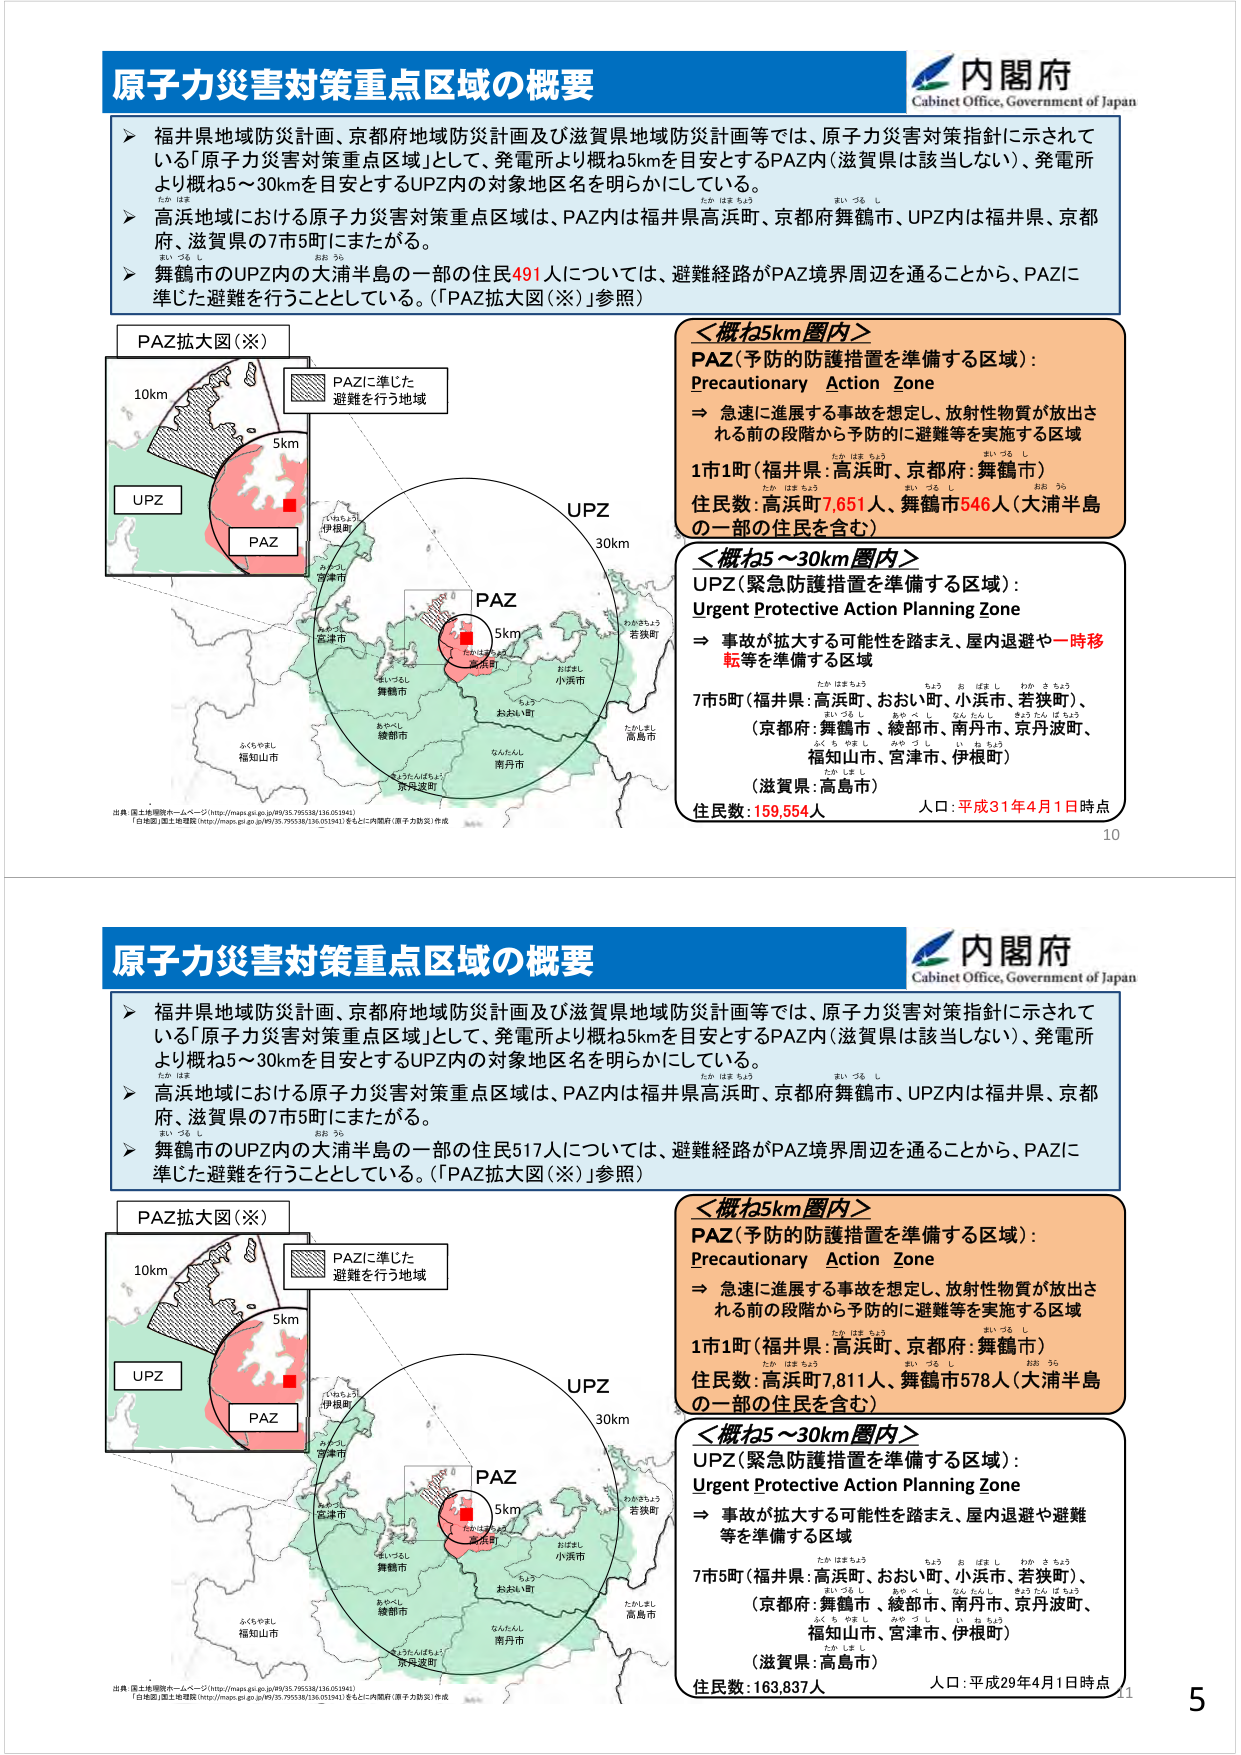
原子力災害対策重点区域の概要
内閣府
Cabinet Office, Government of Japan
▶ 福井県地域防災計画、京都府地域防災計画及び滋賀県地域防災計画等では、原子力災害対策指針に示されて
いる「原子力災害対策重点区域」として、発電所より概ね5kmを目安とするPAZ内（滋賀県は該当しない）、発電所
より概ね5～30kmを目安とするUPZ内の対象地区名を明らかにしている。
▶ 高浜地域における原子力災害対策重点区域は、PAZ内は福井県高浜町、京都府舞鶴市、UPZ内は福井県、京都
府、滋賀県の7市5町にまたがる。
▶ 舞鶴市のUPZ内の大浦半島の一部の住民491人については、避難経路がPAZ境界周辺を通ることから、PAZに
準じた避難を行うこととしている。（「PAZ拡大図（※）」参照）
PAZ拡大図（※）
PAZに準じた
避難を行う地域
10km
5km
UPZ
PAZ
＜概ね5km圏内＞
PAZ（予防的防護措置を準備する区域）：
Precautionary Action Zone
⇒ 急速に進展する事故を想定し、放射性物質が放出さ
れる前の段階から予防的に避難等を実施する区域
1市1町（福井県：高浜町、京都府：舞鶴市）
住民数：高浜町7,651人、舞鶴市546人（大浦半島
の一部の住民を含む）
＜概ね5～30km圏内＞
UPZ（緊急防護措置を準備する区域）：
Urgent Protective Action Planning Zone
⇒ 事故が拡大する可能性を踏まえ、屋内退避や一時移
転等を準備する区域
7市5町（福井県：高浜町、おおい町、小浜市、若狭町）、
（京都府：舞鶴市、綾部市、南丹市、京丹波町、
福知山市、宮津市、伊根町）
（滋賀県：高島市）
住民数：159,554人
人口：平成31年4月1日時点
10
原子力災害対策重点区域の概要
内閣府
Cabinet Office, Government of Japan
▶ 福井県地域防災計画、京都府地域防災計画及び滋賀県地域防災計画等では、原子力災害対策指針に示されて
いる「原子力災害対策重点区域」として、発電所より概ね5kmを目安とするPAZ内（滋賀県は該当しない）、発電所
より概ね5～30kmを目安とするUPZ内の対象地区名を明らかにしている。
▶ 高浜地域における原子力災害対策重点区域は、PAZ内は福井県高浜町、京都府舞鶴市、UPZ内は福井県、京都
府、滋賀県の7市5町にまたがる。
▶ 舞鶴市のUPZ内の大浦半島の一部の住民517人については、避難経路がPAZ境界周辺を通ることから、PAZに
準じた避難を行うこととしている。（「PAZ拡大図（※）」参照）
PAZ拡大図（※）
PAZに準じた
避難を行う地域
10km
5km
UPZ
PAZ
＜概ね5km圏内＞
PAZ（予防的防護措置を準備する区域）：
Precautionary Action Zone
⇒ 急速に進展する事故を想定し、放射性物質が放出さ
れる前の段階から予防的に避難等を実施する区域
1市1町（福井県：高浜町、京都府：舞鶴市）
住民数：高浜町7,811人、舞鶴市578人（大浦半島
の一部の住民を含む）
＜概ね5～30km圏内＞
UPZ（緊急防護措置を準備する区域）：
Urgent Protective Action Planning Zone
⇒ 事故が拡大する可能性を踏まえ、屋内退避や避難
等を準備する区域
7市5町（福井県：高浜町、おおい町、小浜市、若狭町）、
（京都府：舞鶴市、綾部市、南丹市、京丹波町、
福知山市、宮津市、伊根町）
（滋賀県：高島市）
住民数：163,837人
人口：平成29年4月1日時点
5